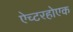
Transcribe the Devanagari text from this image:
ऐच्टरहोएक